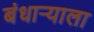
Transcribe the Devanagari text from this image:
बंधार्‍याला